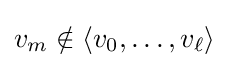
v_{m}\notin \langle v_{0},\ldots ,v_{\ell }\rangle